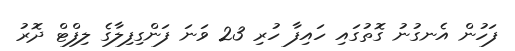
ފަހުން އެނގުނު ގޮތުގައި ހައިފާ ހުރި 23 ވަނަ ފަންގިފިލާގެ ލިފްޓް ދޮރު